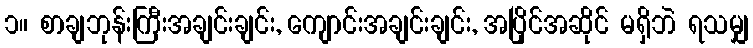
၁။ စာချဘုန်းကြီးအချင်းချင်း, ကျောင်းအချင်းချင်း, အပြိုင်အဆိုင် မရှိဘဲ ရသမျှ